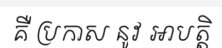
គឺ ប្រកាស នូវ អាបត្តិ